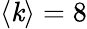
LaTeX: \langle\mathit{k}\rangle=8